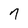
Character: 7